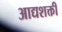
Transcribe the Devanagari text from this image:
आद्यशक्ती